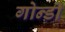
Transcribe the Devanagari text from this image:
गोन्डी